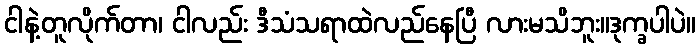
ငါနဲ့တူလိုက်တာ၊ ငါလည်း ဒီသံသရာထဲလည်နေပြီ လားမသိဘူး။ဒုက္ခပါပဲ။